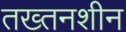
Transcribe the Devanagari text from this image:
तख्तनशीन